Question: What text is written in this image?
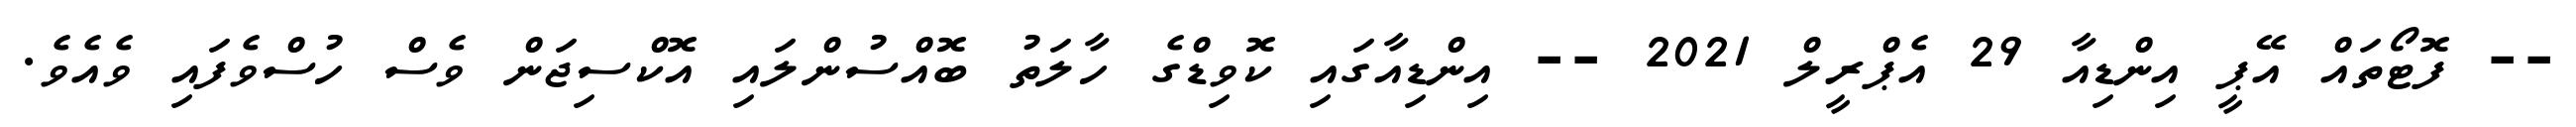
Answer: -- ފޮޓޯތައް އޭޕީ އިންޑިއާ 29 އެޕްރީލް 2021 -- އިންޑިއާގައި ކޮވިޑްގެ ހާލަތު ބޮއްސުންލައި އޮކްސިޖަން ވެސް ހުސްވެފައި ވެއެވެ.